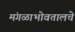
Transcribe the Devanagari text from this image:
मंगळाभोवतालचे